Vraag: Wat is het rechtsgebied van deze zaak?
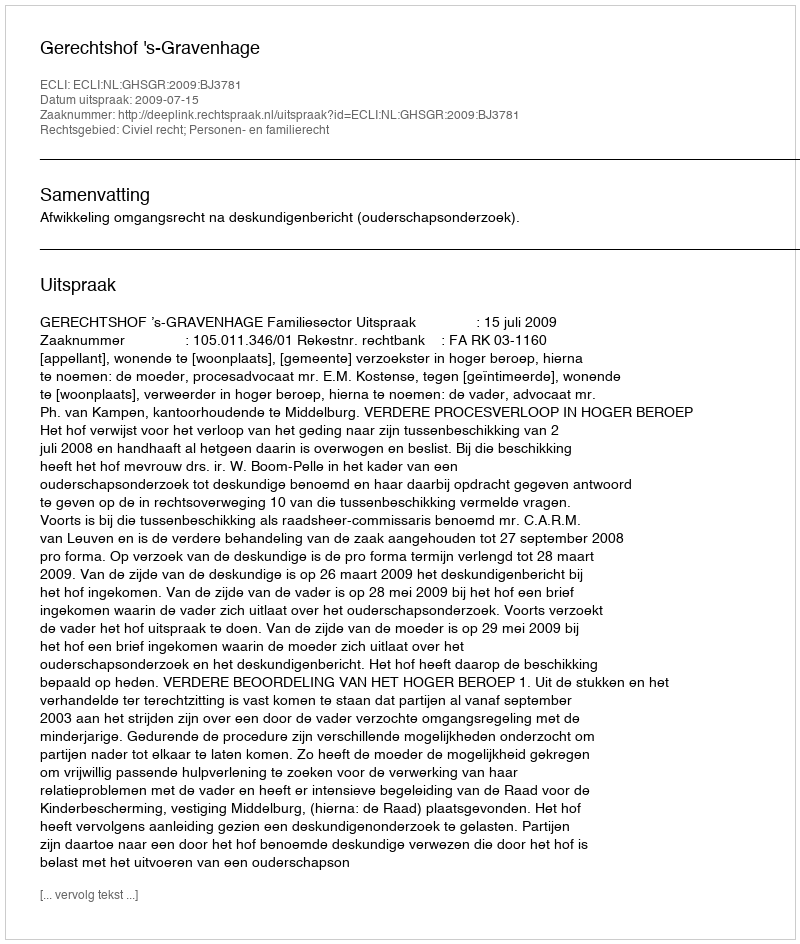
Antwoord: Civiel recht; Personen- en familierecht